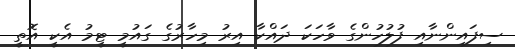
ސިފައިންނާއި ފުލުހުންގެ ވާހަކަ ދައްކާ އިރު މިހާރުގެ ގައުމީ ޓީމު އެކީ އޮތީ